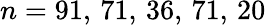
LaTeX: n=91,\, 71,\, 36,\, 71,\, 20